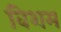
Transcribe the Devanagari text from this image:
विशम